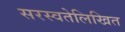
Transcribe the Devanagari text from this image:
सरस्वतेलिखित